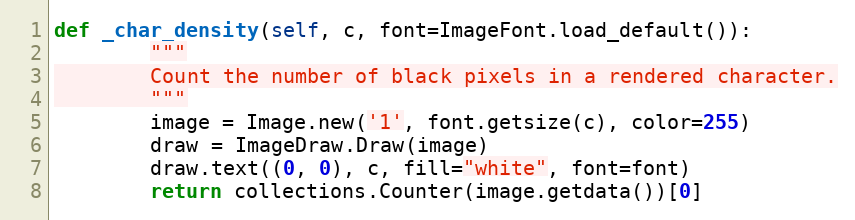
Language: Python
def _char_density(self, c, font=ImageFont.load_default()):
        """
        Count the number of black pixels in a rendered character.
        """
        image = Image.new('1', font.getsize(c), color=255)
        draw = ImageDraw.Draw(image)
        draw.text((0, 0), c, fill="white", font=font)
        return collections.Counter(image.getdata())[0]